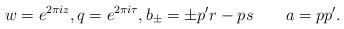
LaTeX: \begin{align*} \qquad w=e^{2\pi i z}, q=e^{2\pi i \tau}, b_\pm=\pm p'r-ps \qquad a=pp'. \qquad\qquad\qquad\qquad\qquad{}\end{align*}